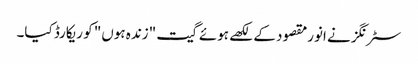
سٹرنگز نے انورمقصود کے لکھے ہوئے گیت "زندہ ہوں" کو ریکارڈ کیا۔